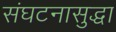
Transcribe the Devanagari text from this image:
संघटनासुद्धा